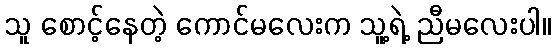
သူ စောင့်နေတဲ့ ကောင်မလေးက သူ့ရဲ့ ညီမလေးပါ။